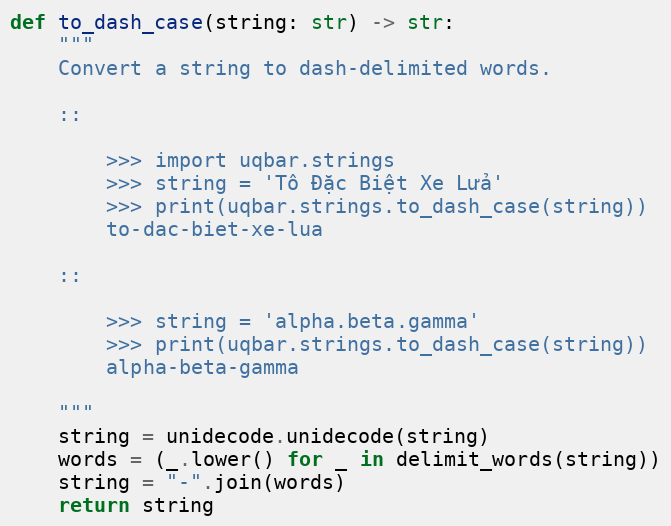
Language: Python
def to_dash_case(string: str) -> str:
    """
    Convert a string to dash-delimited words.

    ::

        >>> import uqbar.strings
        >>> string = 'Tô Đặc Biệt Xe Lửa'
        >>> print(uqbar.strings.to_dash_case(string))
        to-dac-biet-xe-lua

    ::

        >>> string = 'alpha.beta.gamma'
        >>> print(uqbar.strings.to_dash_case(string))
        alpha-beta-gamma

    """
    string = unidecode.unidecode(string)
    words = (_.lower() for _ in delimit_words(string))
    string = "-".join(words)
    return string